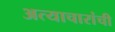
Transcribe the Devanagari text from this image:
अत्याचारांची